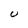
Character: U